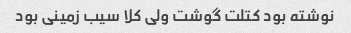
نوشته بود کتلت گوشت ولی کلا سیب زمینی بود